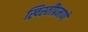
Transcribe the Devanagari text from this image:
ख्रिस्तींप्रमाणे